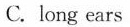
C. long ears